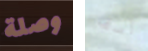
وصلة آسف